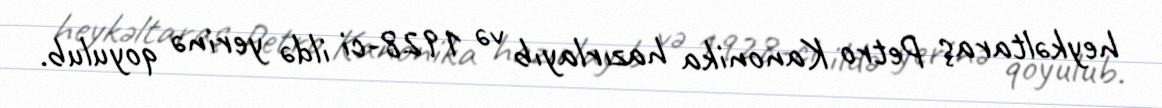
heykəltaraş Petro Kanonika hazırlayıb və 1928-ci ildə yerinə qoyulub.